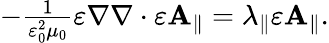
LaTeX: \begin{array}{r}{-\frac{1}{\varepsilon_{0}^{2}\mu_{0}}\varepsilon\nabla\nabla\cdot\varepsilon\mathbf{A}_{\parallel}=\lambda_{\parallel}\varepsilon\mathbf{A}_{\parallel}.}\end{array}